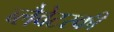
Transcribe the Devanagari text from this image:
ब्लैवेटस्की